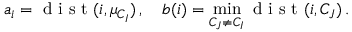
a _ { i } = \textrm { d i s t } ( i , \mu _ { C _ { I } } ) \, , \quad b ( i ) = \operatorname* { m i n } _ { C _ { J } \neq C _ { I } } \textrm { d i s t } ( i , C _ { J } ) \, .